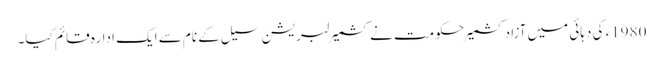
1980ء کی دہائی میں آزادکشمیر حکومت نے کشمیر لبریشن سیل کے نام سے ایک ادارہ قائم کیا۔